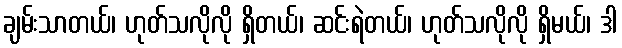
ချမ်းသာတယ်၊ ဟုတ်သလိုလို ရှိတယ်၊ ဆင်းရဲတယ်၊ ဟုတ်သလိုလို ရှိမယ်၊ ဒါ